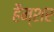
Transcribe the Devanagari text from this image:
हैम्शर